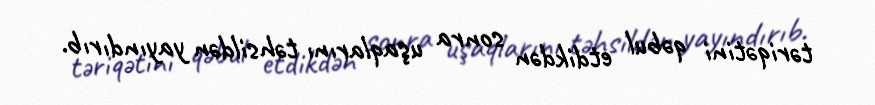
təriqətini qəbul etdikdən sonra uşaqlarını təhsildən yayındırıb.